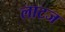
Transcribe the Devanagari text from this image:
लाटज